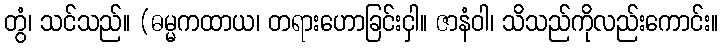
တွံ၊ သင်သည်။ (ဓမ္မကထာယ၊ တရားဟောခြင်းငှါ။ ဇာနံဝါ၊ သိသည်ကိုလည်းကောင်း။